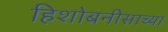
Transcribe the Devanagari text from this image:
हिशोबनीसाच्या